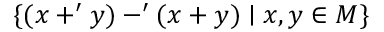
\{ ( x + ^ { \prime } y ) - ^ { \prime } ( x + y ) \mid x , y \in M \}